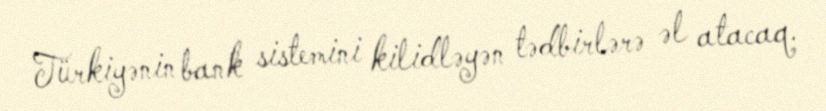
Türkiyənin bank sistemini kilidləyən tədbirlərə əl atacaq.